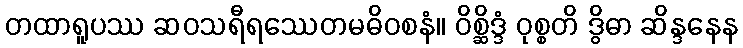
တထာရူပဿ ဆဝသရီရဿေတမဓိဝစနံ။ ဝိစ္ဆိဒ္ဒံ ဝုစ္စတိ ဒွိဓာ ဆိန္ဒနေန